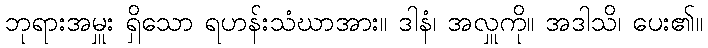
ဘုရားအမှူး ရှိသော ရဟန်းသံဃာအား။ ဒါနံ၊ အလှူကို။ အဒါသိ၊ ပေး၏။